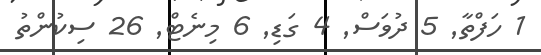
1 ހަފްތާ